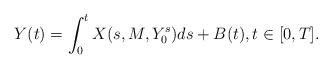
LaTeX: \begin{align*} Y(t)=\int_0^t X(s, M, Y_0^{s}) ds + B(t), t \in [0, T].\end{align*}